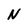
Character: N